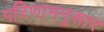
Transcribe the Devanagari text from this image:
परिणामनुसार